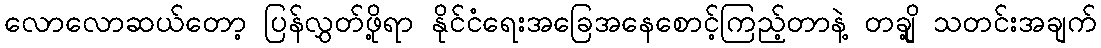
လောလောဆယ်တော့ ပြန်လွှတ်ဖို့ရာ နိုင်ငံရေးအခြေအနေစောင့်ကြည့်တာနဲ့ တချို့ သတင်းအချက်